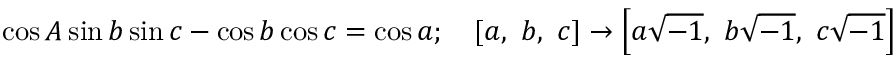
\cos A \sin b \sin c - \cos b \cos c = \cos a ; \quad [ a , \ b , \ c ] \rightarrow \left[ a { \sqrt { - 1 } } , \ b { \sqrt { - 1 } } , \ c { \sqrt { - 1 } } \right]